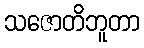
သဇောတိဘူတာ